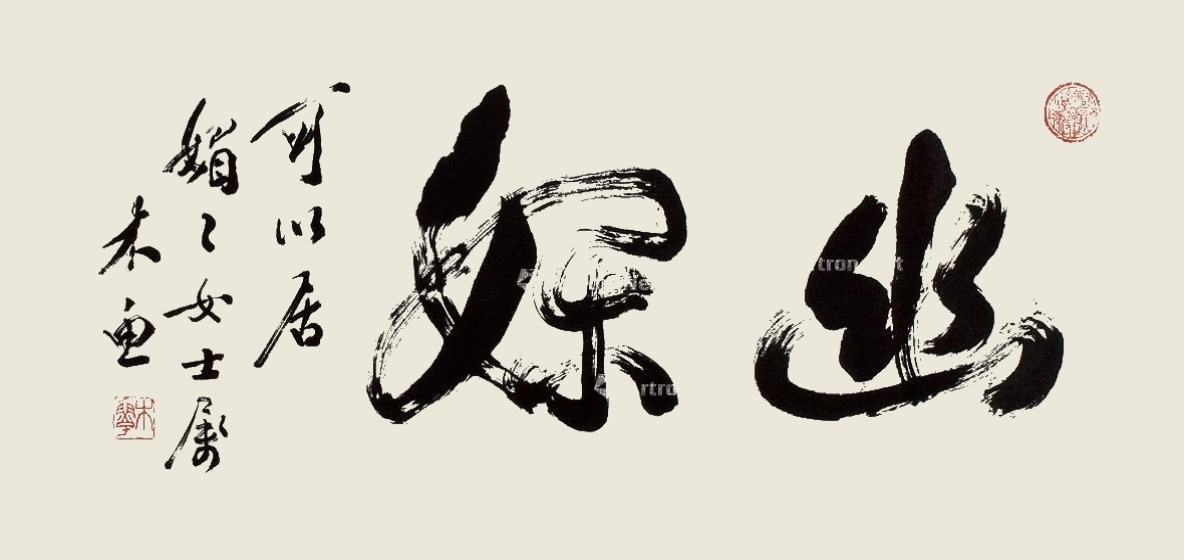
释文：幽娴。可以居。媚之女士属，木鱼。